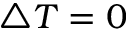
\triangle T = 0